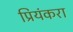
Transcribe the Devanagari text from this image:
प्रियंकरा